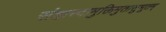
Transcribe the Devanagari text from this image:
संहारदामुक्तिमुतासुभूतम्